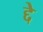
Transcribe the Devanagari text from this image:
द्दे